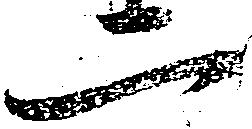
二